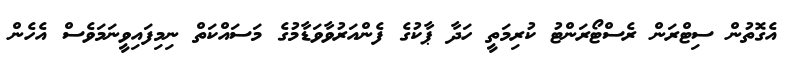
އެގޮތުން ސިޓްރަން ރެސްޓޯރަންޓު ކުރިމަތީ ހަދާ ޕާކުގެ ފެންއަރުވާވަޑާމުގެ މަސައްކަތް ނިމިފައިވީނަމަވެސް އެހެން